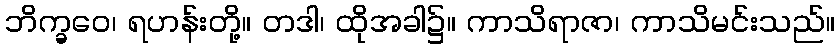
ဘိက္ခဝေ၊ ရဟန်းတို့။ တဒါ၊ ထိုအခါ၌။ ကာသိရာဇာ၊ ကာသိမင်းသည်။